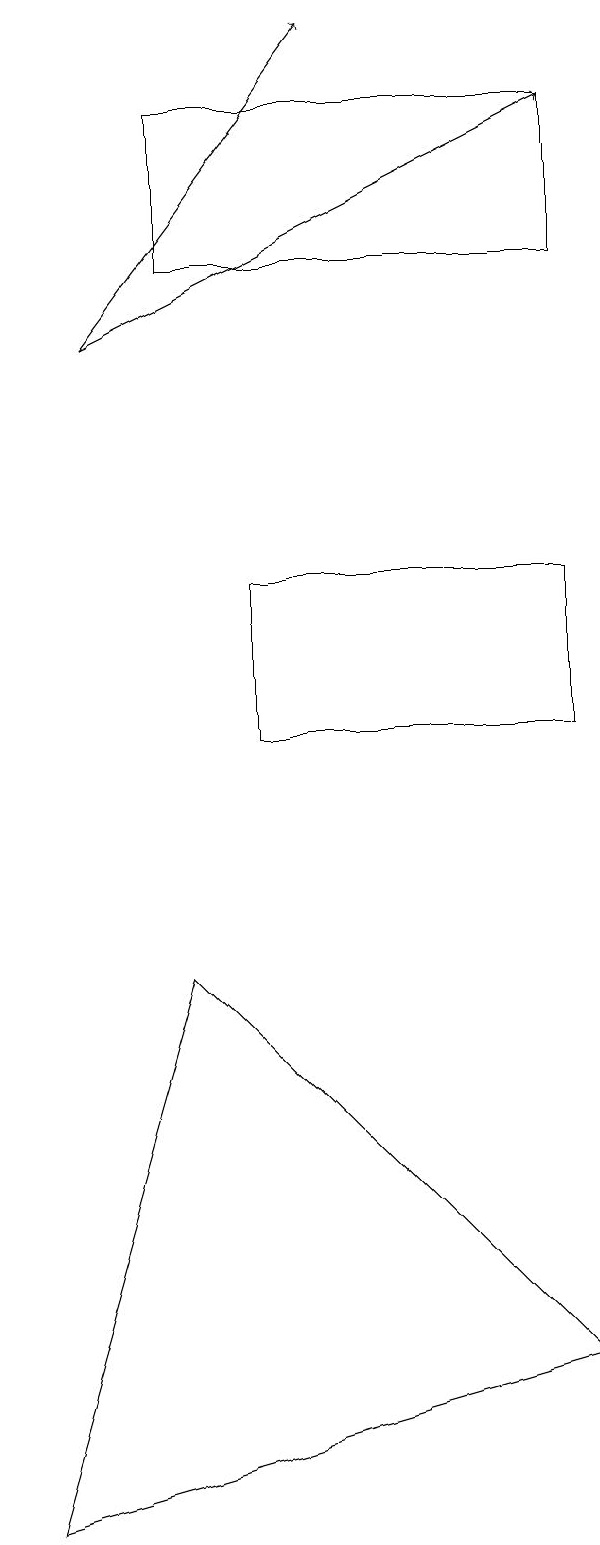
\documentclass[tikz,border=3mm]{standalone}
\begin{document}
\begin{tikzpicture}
\draw[->] (1,15) -- (4,19);
\draw (3,12) rectangle (7,10);
\draw (7,18) rectangle (2,16);
\draw[->] (1,15) -- (7,18);
\draw (2,7) -- (0,0) -- (7,2) -- cycle;
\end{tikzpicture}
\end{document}